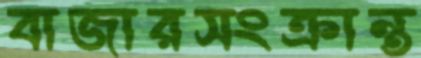
বাজারসংক্রান্ত